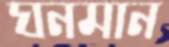
ঘনমান